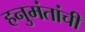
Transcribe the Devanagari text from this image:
हनुमंतांची